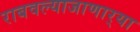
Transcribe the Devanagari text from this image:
राबवल्याजाणार्‍या